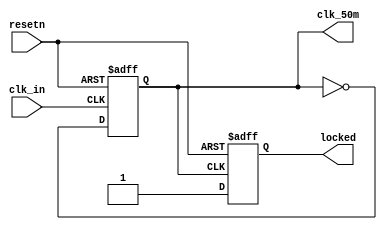
module arty_mmcm (/*AUTOARG*/
   // Outputs
   clk_50m, locked,
   // Inputs
   clk_in, resetn
   );


   input clk_in;
   output clk_50m;
   input  resetn;
   output locked;

   /*AUTOINPUT*/
   /*AUTOOUTPUT*/

   /*AUTOREG*/
   // Beginning of automatic regs (for this module's undeclared outputs)
   reg                  clk_50m;
   reg                  locked;
   // End of automatics
   /*AUTOWIRE*/

   always @(posedge clk_in or negedge resetn) begin
      if(resetn == 1'b0) begin
         /*AUTORESET*/
         // Beginning of autoreset for uninitialized flops
         clk_50m <= 1'h0;
         // End of automatics
      end
      else begin
         clk_50m <= !clk_50m;
      end
   end

   always @(posedge clk_50m or negedge resetn) begin
      if(resetn == 1'b0) begin
         /*AUTORESET*/
         // Beginning of autoreset for uninitialized flops
         locked = 1'h0;
         // End of automatics
      end
      else begin
         locked <= 1'b1;

      end
   end



endmodule